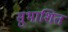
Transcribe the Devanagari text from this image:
सुभाशित